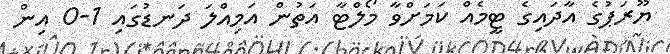
ޔޫރަޕުގެ އާދައިގެ ޓީމެއް ކަމަށްވާ މޯލްޓާ އަތުން އަމިއްލަ ދަނޑުގައި 1-0 އިން